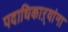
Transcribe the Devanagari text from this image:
पदाधिकाऱ्यांना